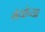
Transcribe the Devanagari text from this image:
मेयोंच्या